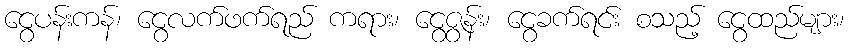
ငွေပန်းကန်၊ ငွေလက်ဖက်ရည် ကရား၊ ငွေဇွန်း၊ ငွေခက်ရင်း စသည့် ငွေထည်များ၊